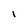
Character: I